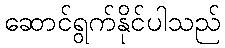
ဆောင်ရွက်နိုင်ပါသည်